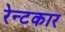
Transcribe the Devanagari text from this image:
रेन्टकार